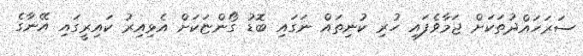
ސަރަހައްދުތަކަށް ޖަމާވެފައި ހުރި ކުނިތައް ނަގައި ބޮޑު ގޯންޏަކަށް އެޅިއިރު ކައިރީގައި އޭނާގެ